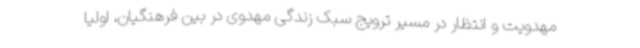
مهدویت و انتظار در مسیر ترویج سبک زندگی مهدوی در بین فرهنگیان، اولیا